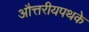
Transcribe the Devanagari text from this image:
औत्तरीयपथके